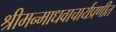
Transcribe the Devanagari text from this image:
श्रीमन्माधवाचार्यप्रणीत